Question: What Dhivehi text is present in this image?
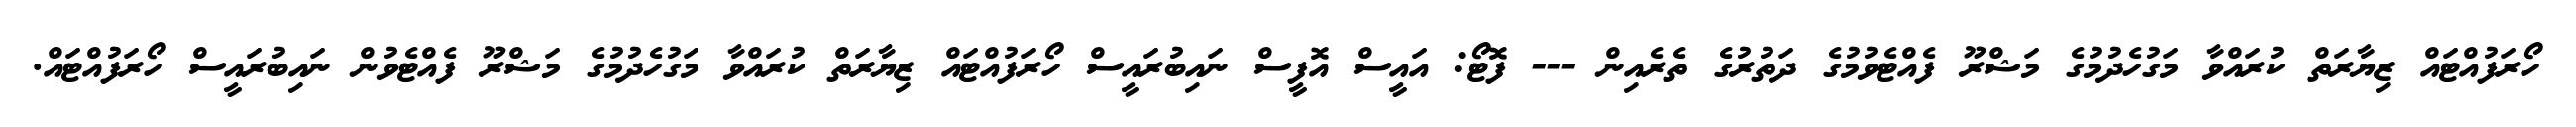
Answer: ހޯރަފުއްޓައް ޒިޔާރަތް ކުރައްވާ މަގުހެދުމުގެ މަޝްރޫ ފެއްޓެވުމުގެ ދަތުރުގެ ތެރެއިން --- ފޮޓޯ: އައީސް އޮފީސް ނައިބުރައީސް ހޯރަފުއްޓައް ޒިޔާރަތް ކުރައްވާ މަގުހެދުމުގެ މަޝްރޫ ފެއްޓެވުން ނައިބުރައީސް ހޯރަފުއްޓައް.